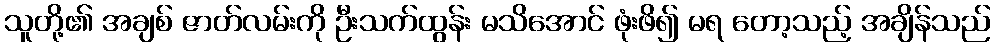
သူတို့၏ အချစ် ဇာတ်လမ်းကို ဦးသက်ထွန်း မသိအောင် ဖုံးဖိ၍ မရ တော့သည့် အချိန်သည်